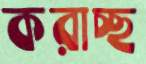
করাচ্ছ